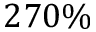
2 7 0 \%